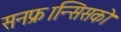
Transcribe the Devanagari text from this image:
सनफ्रान्सिसको